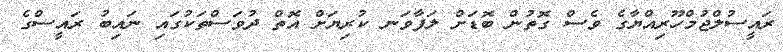
ރައީސުލްޖުމްހޫރިއްޔާގެ ވެސް ގޮތުން ބޮޑަށް ލަފާވަނ ކުރިޔަށް އޮތް ދުވަސްތަކުގައި ނައިބު ރައީސްގެ